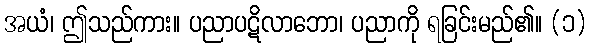
အယံ၊ ဤသည်ကား။ ပညာပဋိလာဘော၊ ပညာကို ရခြင်းမည်၏။ (၁)